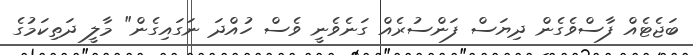
ބަޖެޓެއް ފާސްވެގެން ދިޔަސް ފަންސުރެއް ގަނެވެނީ ވެސް ހުއްދަ ނަގައިގެން" މާލީ ދަތިކަމުގެ